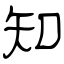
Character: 知